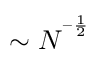
\sim N ^ { ^ { - \frac { 1 } { 2 } } }